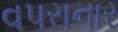
વપરાનાર